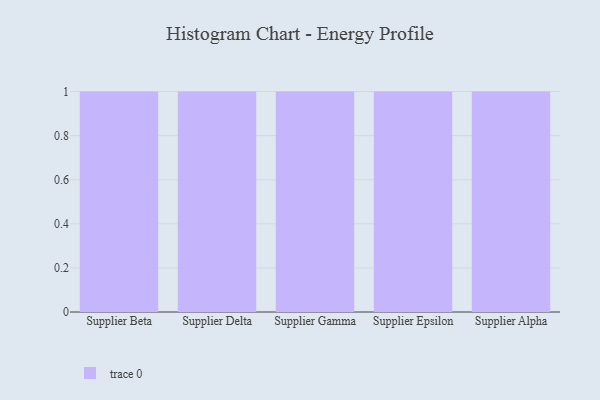
{"axis": {"x": "Supplier", "y": "Shipments"}, "legend": [""], "data": [{"x": "Supplier Beta", "y": 75, "type": ""}, {"x": "Supplier Delta", "y": 72, "type": ""}, {"x": "Supplier Gamma", "y": 23, "type": ""}, {"x": "Supplier Epsilon", "y": 86, "type": ""}, {"x": "Supplier Alpha", "y": 5, "type": ""}]}